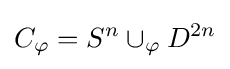
C_{\varphi }=S^{n}\cup _{\varphi }D^{2n}